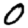
Digit: 0